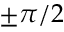
\pm \pi / 2